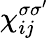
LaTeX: \chi_{ij}^{\sigma\sigma^{\prime}}